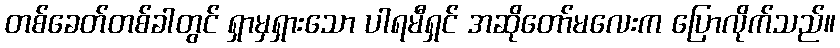
တစ်ခေတ်တစ်ခါတွင် ရှာမှရှားသော ပါရမီရှင် အဆိုတော်မလေးက ပြောလိုက်သည်။